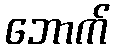
ဘောက်